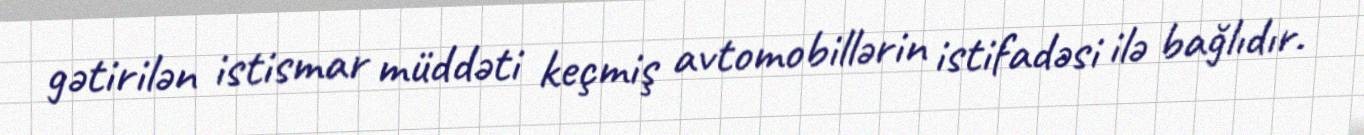
gətirilən istismar müddəti keçmiş avtomobillərin istifadəsi ilə bağlıdır.